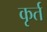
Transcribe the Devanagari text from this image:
कृर्त